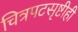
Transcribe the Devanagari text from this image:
चित्रपटसृष्टीही